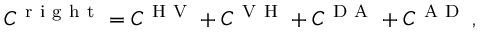
C ^ { \mathrm { ~ r ~ i ~ g ~ h ~ t ~ } } = C ^ { \mathrm { ~ H ~ V ~ } } + C ^ { \mathrm { ~ V ~ H ~ } } + C ^ { \mathrm { ~ D ~ A ~ } } + C ^ { \mathrm { ~ A ~ D ~ } } \, ,